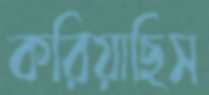
করিয়াছিস